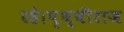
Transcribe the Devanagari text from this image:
रहे।पृथ्वीराज